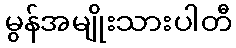
မွန်အမျိုးသားပါတီ